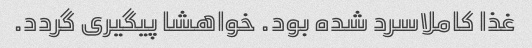
غذا کاملاسرد شده بود. خواهشا پیگیری گردد.